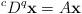
LaTeX: \begin{align*}^cD^q \mathbf{x}=A \mathbf{x}\end{align*}